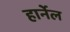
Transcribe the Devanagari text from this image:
हार्नेल